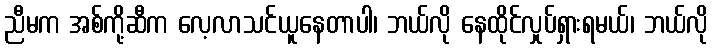
ညီမက အစ်ကို့ဆီက လေ့လာသင်ယူနေတာပါ၊ ဘယ်လို နေထိုင်လှုပ်ရှားရမယ်၊ ဘယ်လို